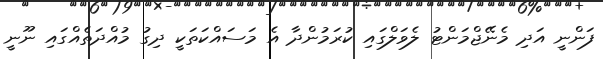
ފަންނީ އަދި މެނޭޖްމަންޓު ލެވަލްގައި ކުރަމުންދާ އެ މަސައްކަތަކީ ދިގު މުއްދަތެއްގައި ނޫނީ